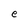
Character: e